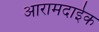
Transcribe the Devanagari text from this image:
आरामदाईक